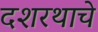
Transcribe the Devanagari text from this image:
दशरथाचे